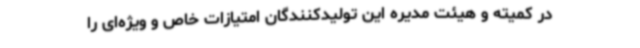
در کمیته و هیئت‌ مدیره این تولیدکنندگان امتیازات خاص و ویژه‌ای را